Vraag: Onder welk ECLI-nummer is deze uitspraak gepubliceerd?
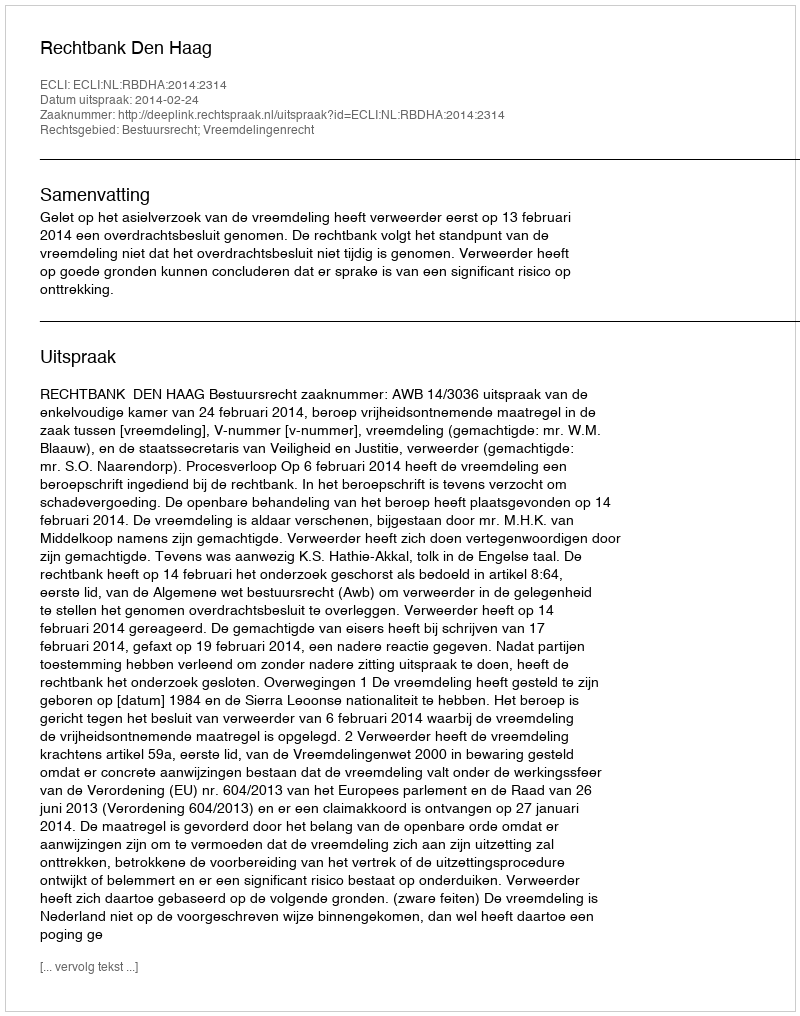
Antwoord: ECLI:NL:RBDHA:2014:2314